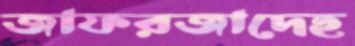
জাফরজাদেহ